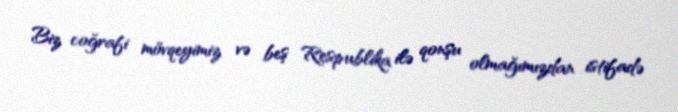
Biz coğrafi mövqeyimiz və beş Respublika ilə qonşu olmağımızdan istifadə